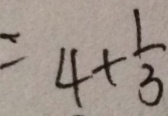
= 4 + \frac { 1 } { 3 }